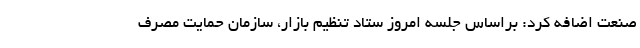
صنعت اضافه کرد: براساس جلسه امروز ستاد تنظیم بازار، سازمان حمایت مصرف